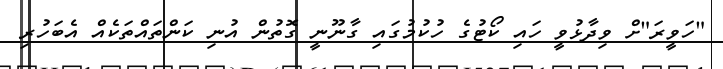
"ހަވީރަ"ށް ވިދާޅުވީ ހައި ކޯޓުގެ ހުކުމުގައި ގާނޫނީ ގޮތުން އުނި ކަންތައްތަކެއް އެބަހުރި